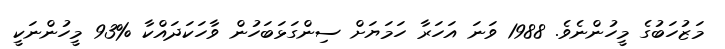
މަޒުހަބުގެ މީހުންނެވެ. 1988 ވަނަ އަހަރާ ހަމަޔަށް ސިންގަޅަބަހުން ވާހަކަދައްކާ %93 މީހުންނަކީ